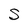
Character: S